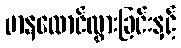
မာနထောင်လွှားခြင်းနှင့်